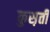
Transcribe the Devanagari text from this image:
कुस़ती